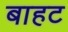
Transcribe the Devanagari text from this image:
बाहट